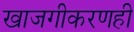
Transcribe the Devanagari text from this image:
खाजगीकरणही